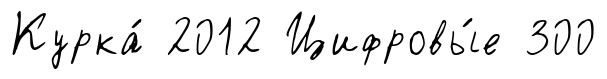
Курка́ 2012 Цифровы́е 300